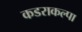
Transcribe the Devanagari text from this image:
कडराकल्पा